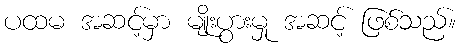
ပထမ အဆင့်မှာ မျိုးပွားမှု အဆင့် ဖြစ်သည်။